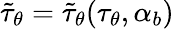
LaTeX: \tilde{\tau}_{\theta}=\tilde{\tau}_{\theta}(\tau_{\theta},\alpha_{b})